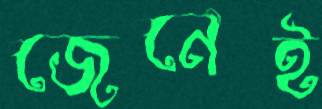
জেনেই